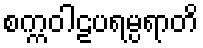
စက္ကဝါဠပရမ္ပရာတိ